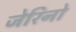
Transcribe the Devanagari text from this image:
जेरिनो